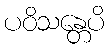
ပဝိသန္တေပိ